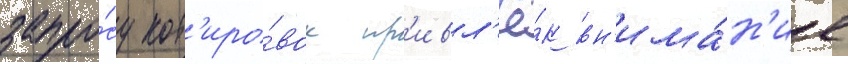
запро́су кот'иро́вок пр'ивл'ё́к вн'има́н'ие